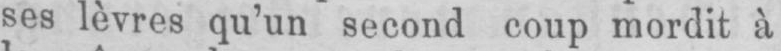
ses lèvres qu’un second coup mordit à